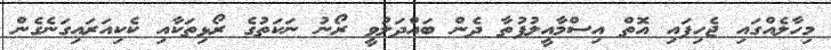
މިހާލެއްގައި ޖެހިފައި އޮތް އިސްމާއީލުފުތާ ދެން ބައްދަލުވީ ރޯނު ނަކަތުގެ ރޯޅިތަކާއި ކެކިއަރައިގަނެގެން